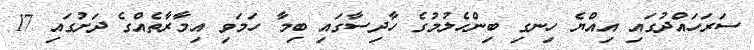
ސަރަހައްދުގައި އިއްޔެ ހިނގި ބިންހެލުމުގެ ހާދިސާގައި ބިމާ ހަމަވި އިމާރާތެއްގެ ދަށުގައި 17